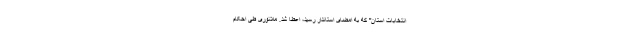
انتخابات استان" که به امضای استاندار رسید، اعطا شد. ملانوری طی احکام